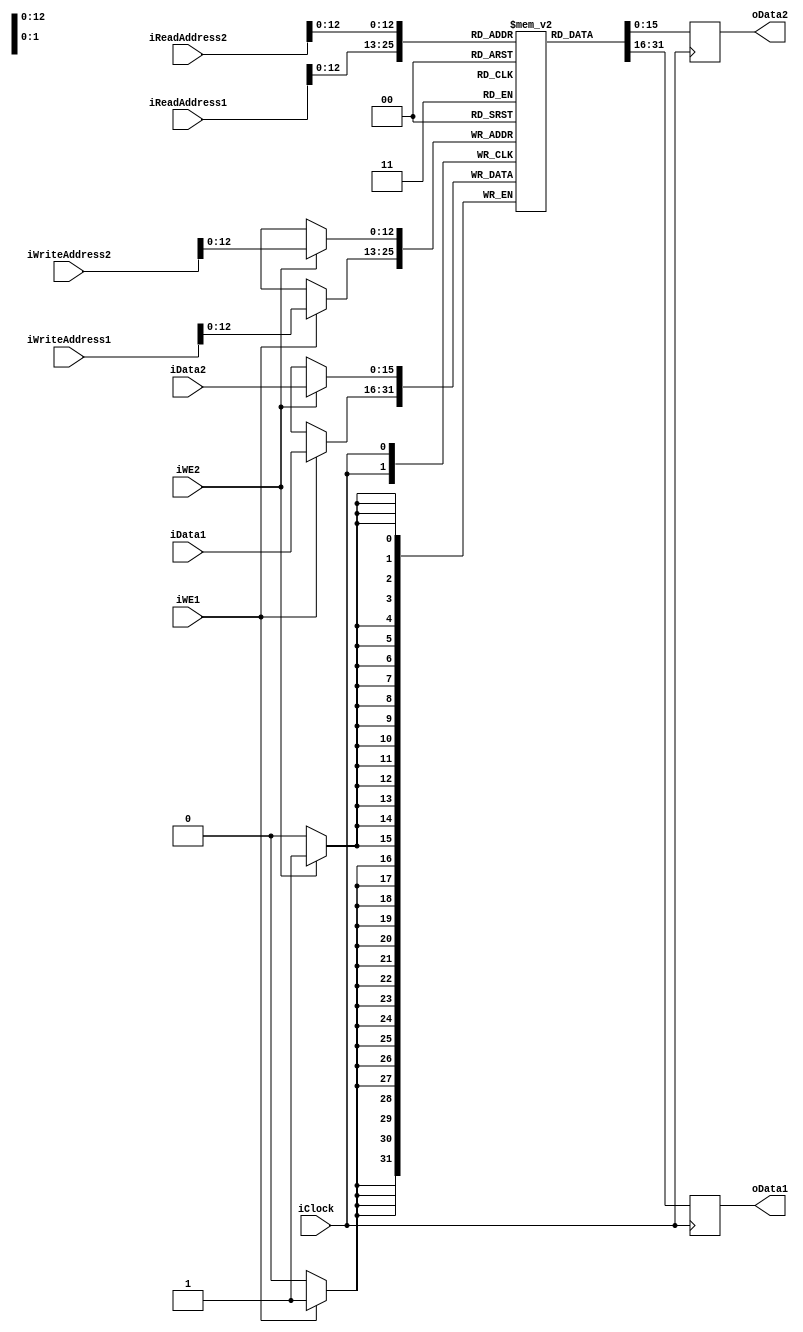
module dual_write_ram(
    input wire iClock,
    
    input wire [15:0] iData1,
    input wire [15:0] iData2, 
    
    input wire [15:0] iWriteAddress1,
    input wire [15:0] iWriteAddress2,
           
    input wire [15:0] iReadAddress1, 
    input wire [15:0] iReadAddress2,
    
    input wire iWE1,
    input wire iWE2,

    output reg [15:0] oData1, 
    output reg [15:0] oData2
    );

reg [15:0] memory [0:8191];

always @(posedge iClock) begin
    if (iWE1)
        memory[iWriteAddress1] <= iData1;

    oData1 <= memory[iReadAddress1];
end

always @(posedge iClock) begin
    if (iWE2)
        memory[iWriteAddress2] <= iData2;
        
    oData2 <= memory[iReadAddress2];
end

endmodule